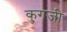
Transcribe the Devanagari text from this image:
कुगजी